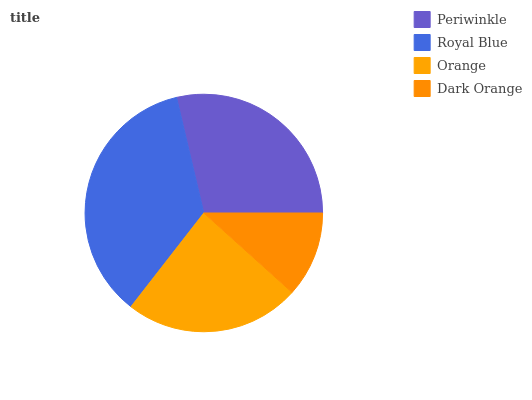
| Periwinkle | Royal Blue | Orange | Dark Orange |
 | --- | --- | --- | --- |
 | 28.6% | 35.8% | 23.9% | 11.7% |